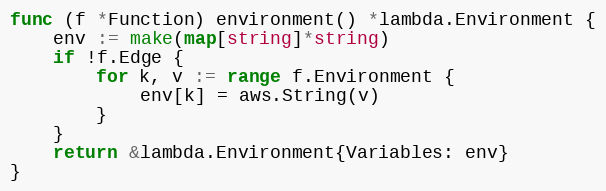
Language: Go
func (f *Function) environment() *lambda.Environment {
	env := make(map[string]*string)
	if !f.Edge {
		for k, v := range f.Environment {
			env[k] = aws.String(v)
		}
	}
	return &lambda.Environment{Variables: env}
}